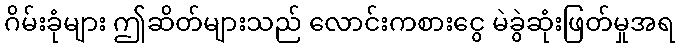
ဂိမ်းခုံများ ဤဆိတ်များသည် လောင်းကစားငွေ မဲခွဲဆုံးဖြတ်မှုအရ